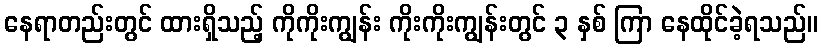
နေရာတည်းတွင် ထားရှိသည့် ကိုကိုးကျွန်း ကိုးကိုးကျွန်းတွင် ၃ နှစ် ကြာ နေထိုင်ခဲ့ရသည်။